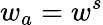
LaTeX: w_{a}=w^{s}